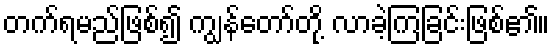
တက်ရမည်ဖြစ်၍ ကျွန်တော်တို့ လာခဲ့ကြခြင်းဖြစ်၏။